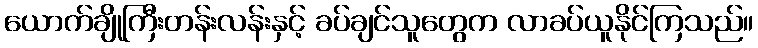
ယောက်ချိုကြီးတန်းလန်းနှင့် ခပ်ချင်သူတွေက လာခပ်ယူနိုင်ကြသည်။